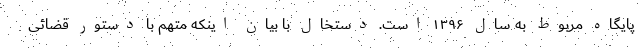
پایگاه مربوط به سال ۱۳۹۶ است. دستخال با بیان اینکه متهم با دستور قضائی